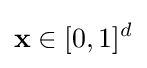
\mathbf {x} \in [0,1]^{d}